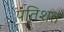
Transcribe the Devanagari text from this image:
पतिशत